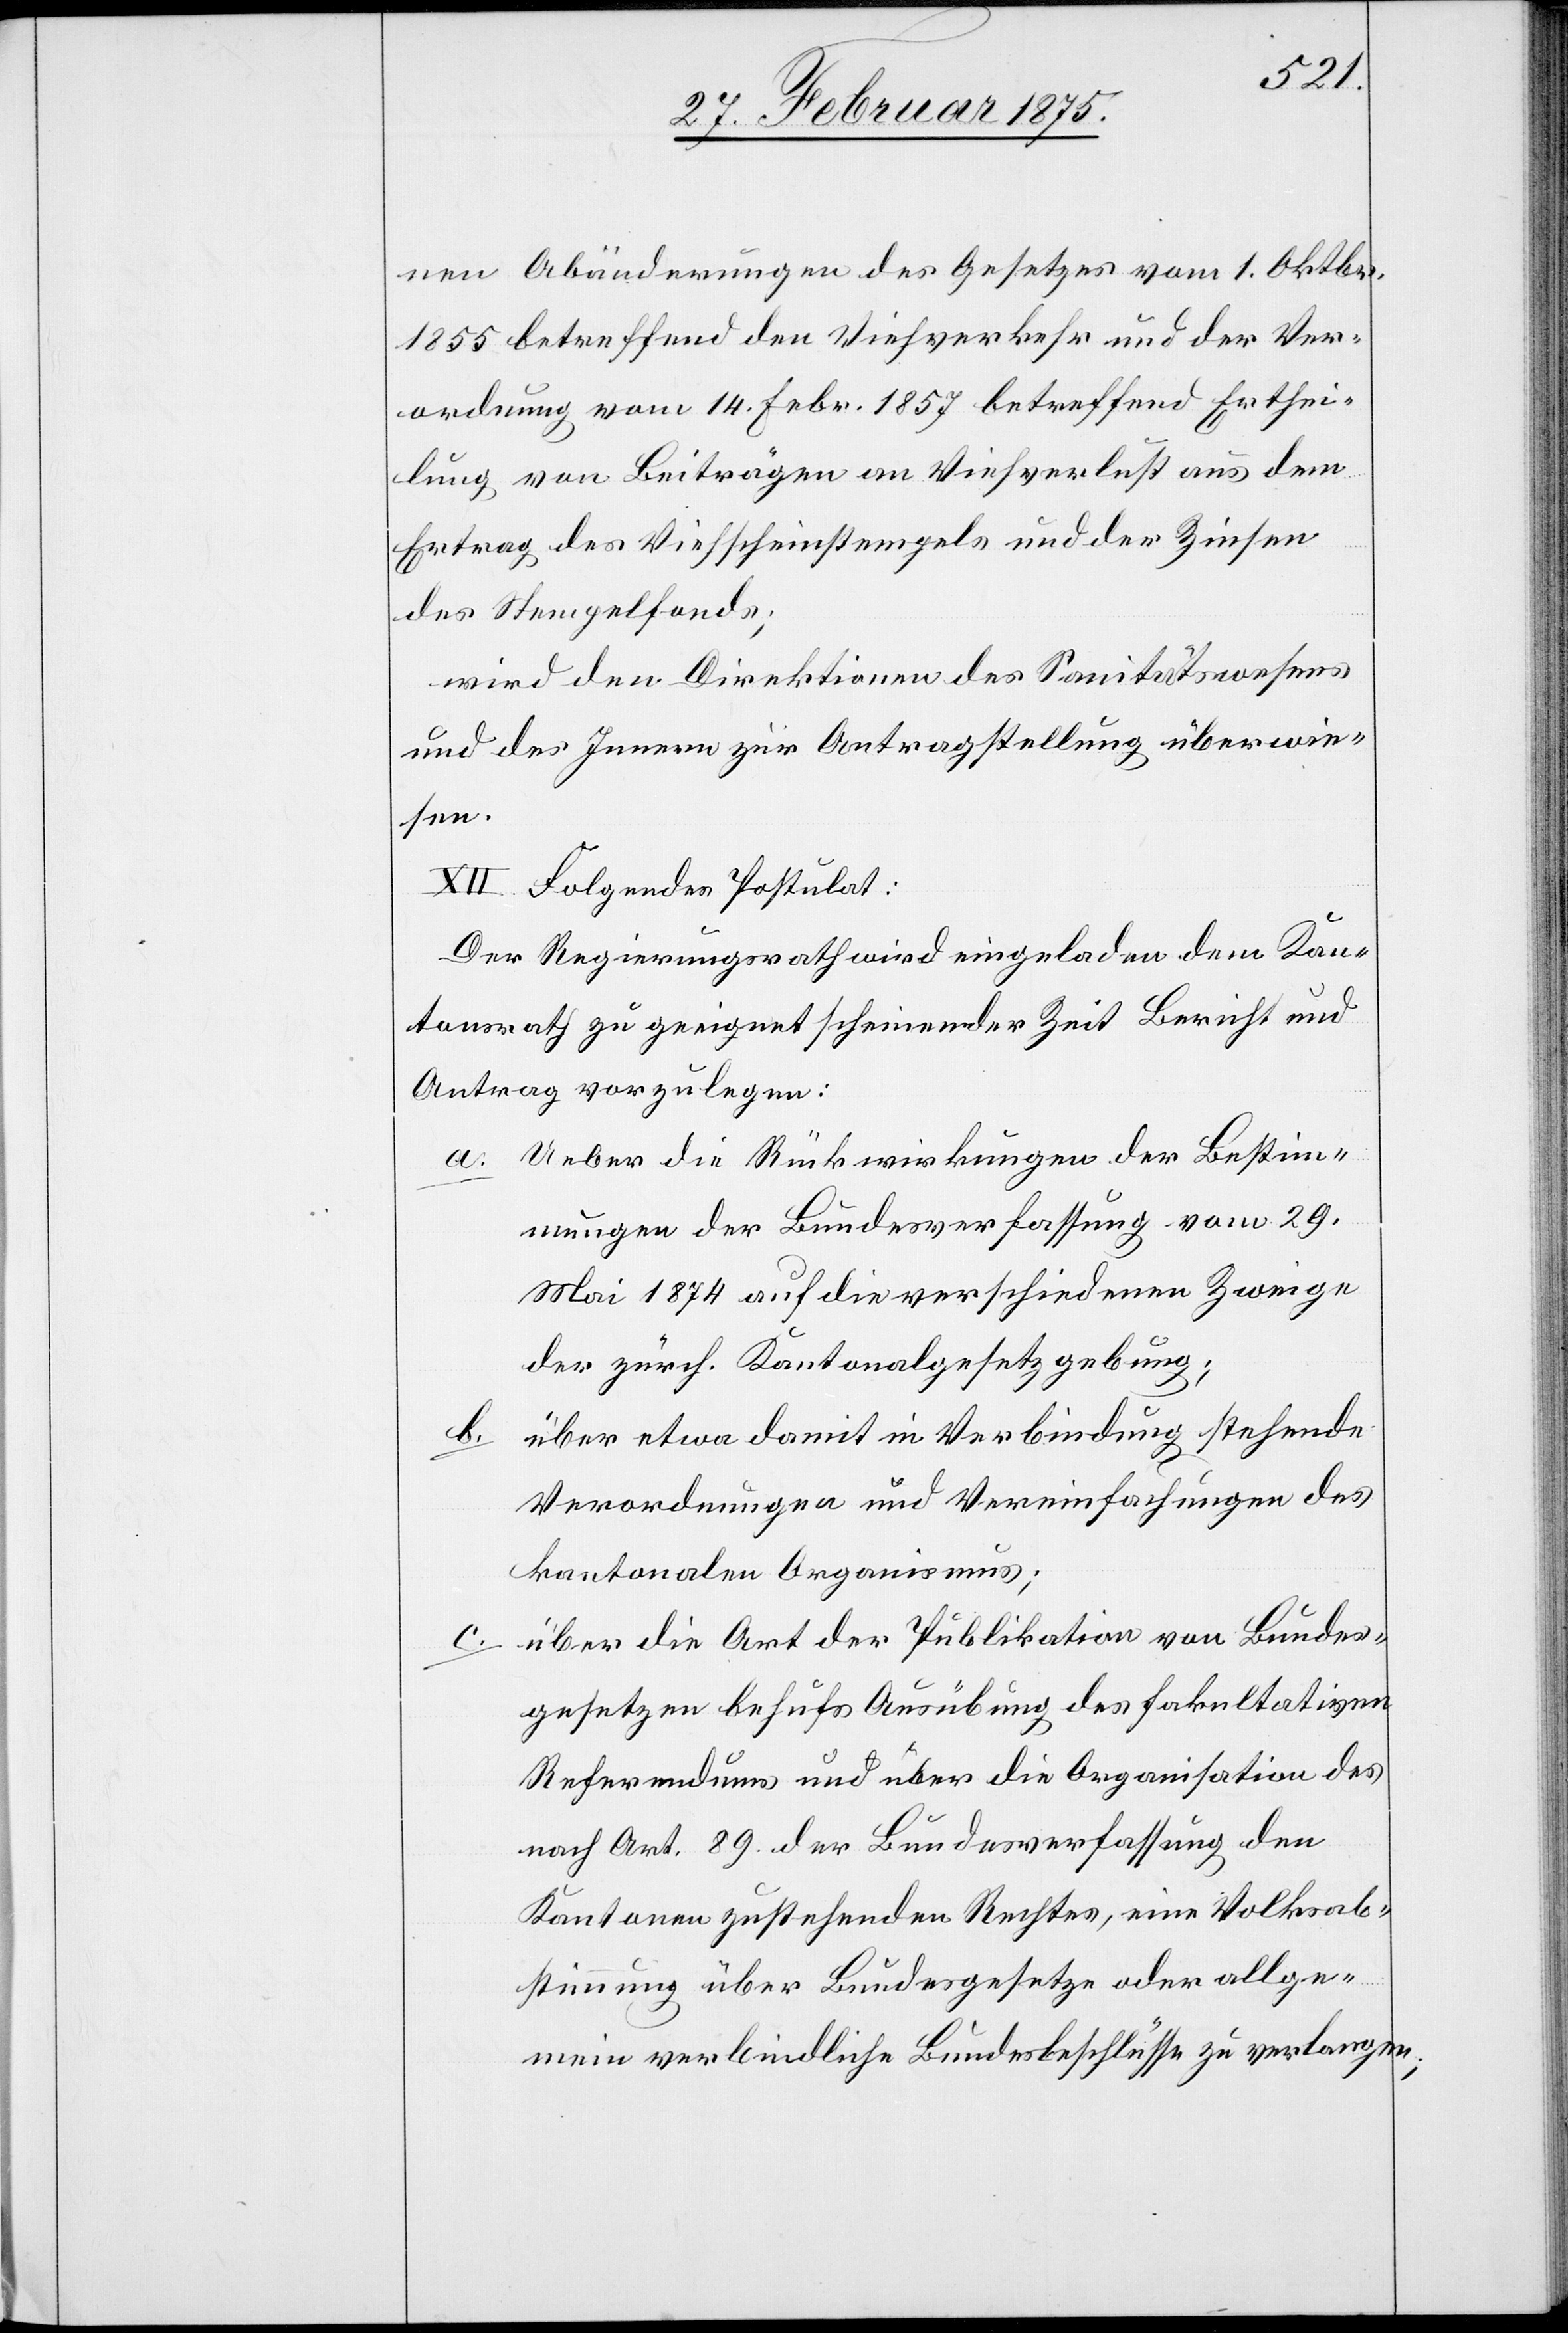
nen Abänderungen des Gesetzes vom 1. Oktbr.
1855 betreffend den Viehverkehr und der Ver¬
ordnung vom 14. Febr. 1857 betreffend Erthei¬
lung von Beiträgen an Viehverlust aus dem
Ertrag des Viehscheinstempels und der Zinsen
des Stempelfonds;
wird den Direktionen des Sanitätswesens
und des Innern zur Antragstellung überwie¬
sen.
XII. Folgendes Postulat:
Der Regierungsrath wird eingeladen dem Kan¬
tonsrath zu geeignet scheinender Zeit Bericht und
Antrag vorzulegen:
a. Ueber die Rückwirkungen der Bestim¬
mungen der Bundesverfassung vom 29.
Mai 1874 auf die verschiedenen Zweige
der zürch. Kantonalgesetzgebung;
b.
über etwa damit in Verbindung stehende
Verordnungen und Vereinfachungen des
kantonalen Organismus;
über die Art der Publikation von Bundes¬
gesetzten behufs Ausübung des fakultativen
Referendums und über die Organisation des
nach Art. 89 der Bundesverfassung den
Kantonen zustehendes Rechtes, eine Volksab¬
stimmung über Bundesgesetze oder allge¬
mein verbindliche Bundesbeschlüsse zu verlangen;